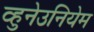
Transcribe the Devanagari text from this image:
व्हुनेउनियेम